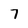
Character: 7